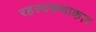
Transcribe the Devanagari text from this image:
रहस्यकथाकार